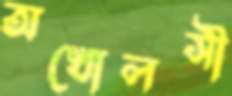
অখোলসী